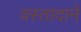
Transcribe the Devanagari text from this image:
वस्तादाने